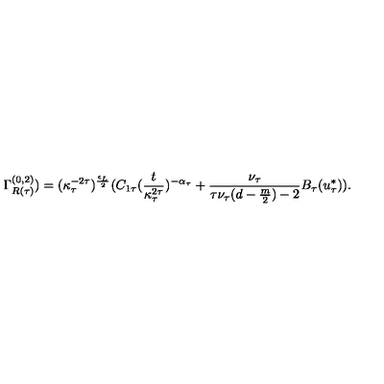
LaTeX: \Gamma _ { R ( \tau ) } ^ { ( 0 , 2 ) } ) = ( \kappa _ { \tau } ^ { - 2 \tau } ) ^ { \frac { \epsilon _ { L } } { 2 } } ( C _ { 1 \tau } ( \frac { t } { \kappa _ { \tau } ^ { 2 \tau } } ) ^ { - \alpha _ { \tau } } + \frac { \nu _ { \tau } } { \tau \nu _ { \tau } ( d - \frac { m } { 2 } ) - 2 } B _ { \tau } ( u _ { \tau } ^ { * } ) ) .